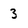
Character: 3